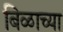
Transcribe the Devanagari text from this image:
बिळाच्या